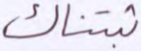
ثبتناك